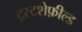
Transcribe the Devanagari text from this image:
ट्रस्टशेफ़ील्ड